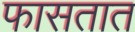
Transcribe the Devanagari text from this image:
फासतात